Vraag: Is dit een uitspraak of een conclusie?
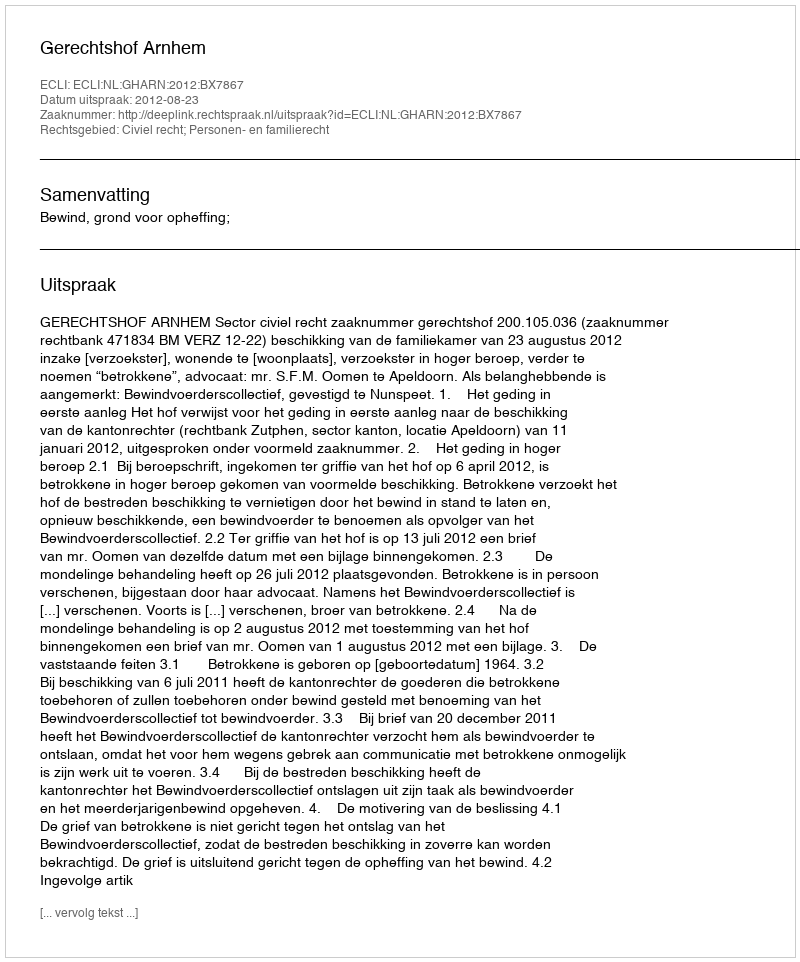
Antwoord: Uitspraak